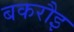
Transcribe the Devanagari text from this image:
बकरौइ